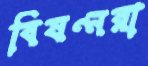
বিষণ্নরা